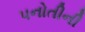
પનોતીની